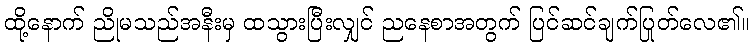
ထို့နောက် ညိုမသည်အနီးမှ ထသွားပြီးလျှင် ညနေစာအတွက် ပြင်ဆင်ချက်ပြုတ်လေ၏။